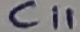
Text: C11